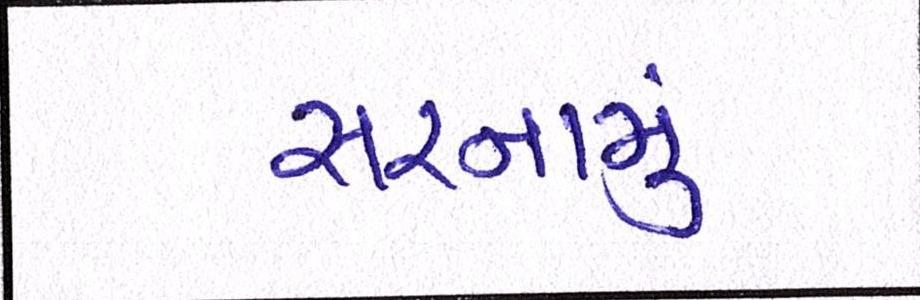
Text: સરનામું